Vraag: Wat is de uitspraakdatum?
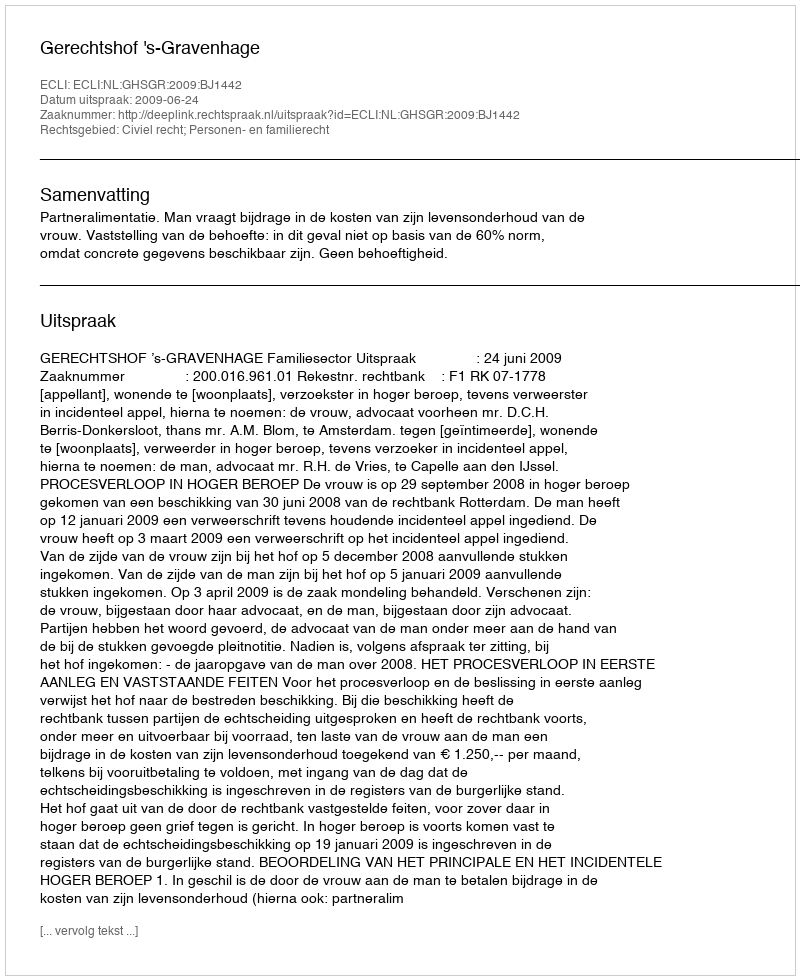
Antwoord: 2009-06-24